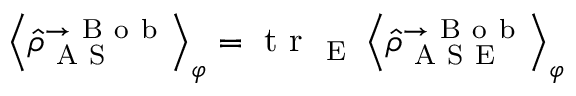
\left\langle \hat { \rho } _ { \mathrm { ~ A ~ S ~ } } ^ { \rightarrow \mathrm { ~ B ~ o ~ b ~ } } \right\rangle _ { \varphi } = \mathrm { ~ t ~ r ~ } _ { \mathrm { ~ E ~ } } \left\langle \hat { \rho } _ { \mathrm { ~ A ~ S ~ E ~ } } ^ { \rightarrow \mathrm { ~ B ~ o ~ b ~ } } \right\rangle _ { \varphi }